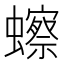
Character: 𫟗